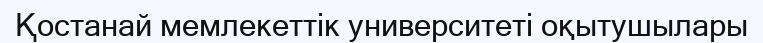
Қостанай мемлекеттік университеті оқытушылары